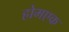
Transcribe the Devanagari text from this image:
होमएक